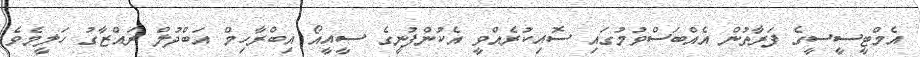
އެމްޓީސީސީގެ ފަރާތުން އެއްބަސްވުމުގައި ސޮއިކުރެއްވީ އެކުންފުނީގެ ސީއީއޯ އިބްރާހިމް އަބްދުލް ރައްޒާގު ހަލީމެވެ.